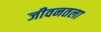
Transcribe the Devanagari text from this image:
जीवनतला